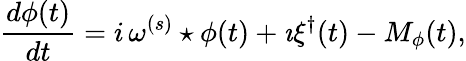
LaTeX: \frac{d\phi(t)}{dt}=i\, \omega^{(s)}\star\phi(t)+\imath\xi^{\dagger}(t)-M_{\phi}(t),